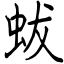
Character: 蛂